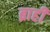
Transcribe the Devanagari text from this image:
ब्राही